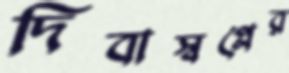
দিবাস্বপ্নের